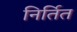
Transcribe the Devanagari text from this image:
निर्तित